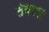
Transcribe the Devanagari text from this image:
तेवढय़ा